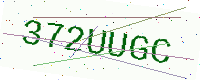
Text: 372UUGC